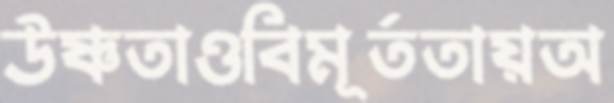
উষ্ণতাওবিমূর্ততায়অ